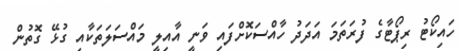
ހައިކޯޓު ރިޕޯޓާގެ ފުރަތަމަ އަދަދު ހާއްސަކޮށްފައި ވަނީ އާއިލީ މައްސަލަތަކާއި ގުޅޭ ގޮތުން